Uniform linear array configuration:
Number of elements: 4
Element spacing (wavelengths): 0.75
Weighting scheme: hann
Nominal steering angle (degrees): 60
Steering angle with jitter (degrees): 58.914
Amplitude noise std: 0.05
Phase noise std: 0.05

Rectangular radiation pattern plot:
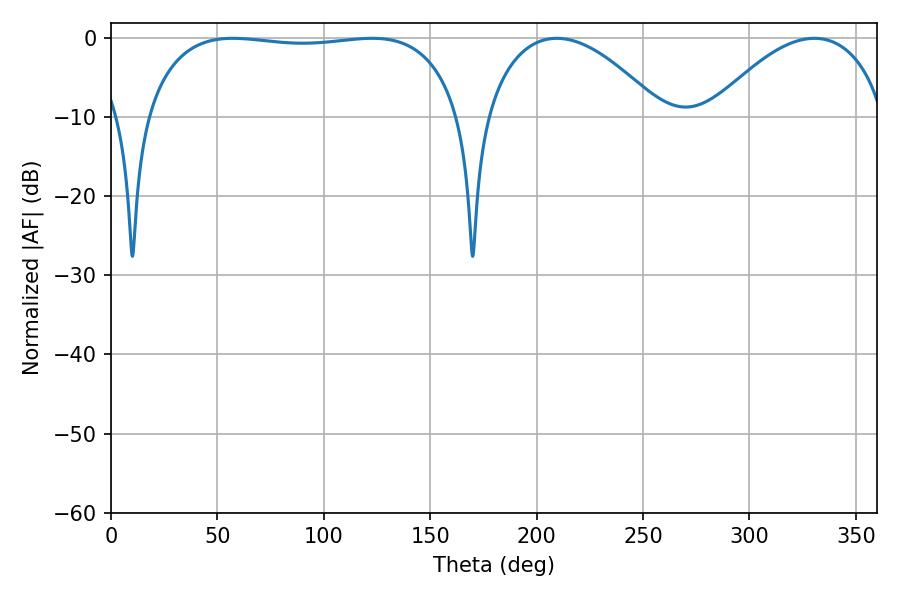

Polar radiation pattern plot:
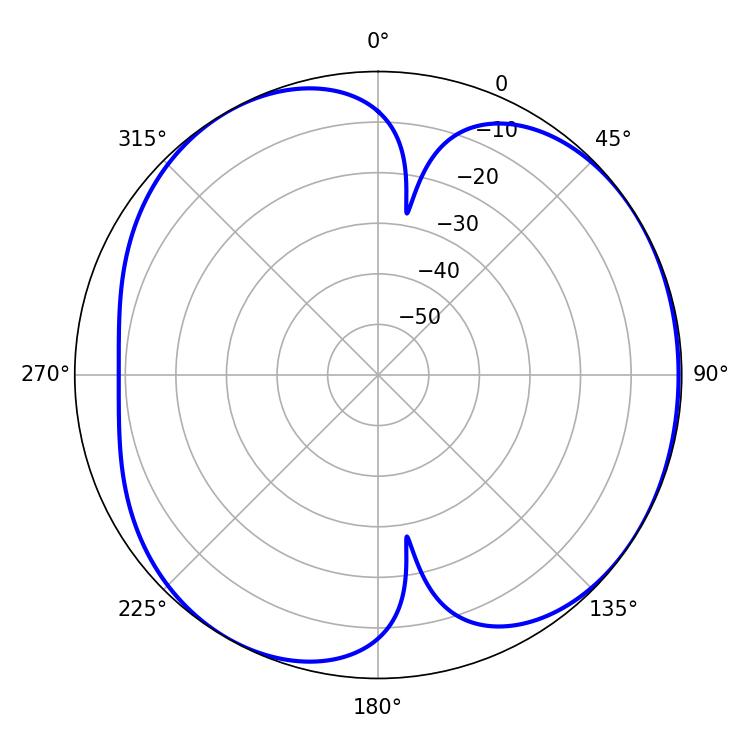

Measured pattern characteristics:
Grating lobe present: TRUE
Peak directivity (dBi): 4.897
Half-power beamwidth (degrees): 118.8
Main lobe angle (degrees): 57.24